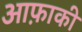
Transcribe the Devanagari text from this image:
आफ़ाकी